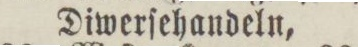
Diwerſehandeln,